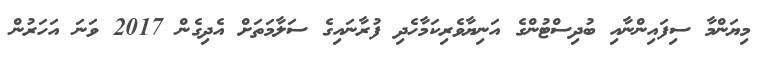
މިޔަންމާ ސިފައިންނާއި ބުދިސްޓުންގެ އަނިޔާވެރިކަމާހެދި ފުރާނައިގެ ސަލާމަތަށް އެދިގެން 2017 ވަނަ އަހަރުން